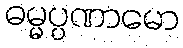
ဓမ္မပ္ပဏာမော